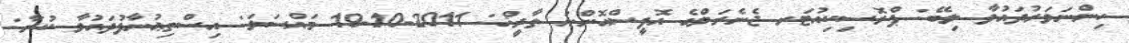
ހިންނަވަރުދައުވާ ލިބޭ: ޕްރޮސިކިއުޓަރ ޖެނެރަލްގެ އޮފީސްއޮންނަ ތާރީޚް: 2011-10-19 މައްސަލަ: އިސްތިޢުނާފުދައުވާ ކުރާ: